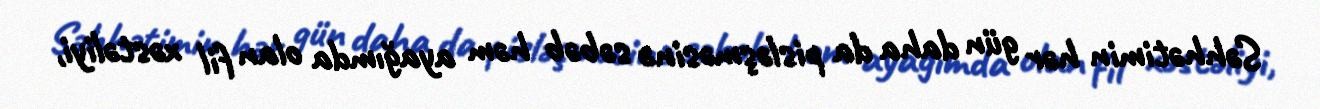
Səhhətimin hər gün daha da pisləşməsinə səbəb həm ayağımda olan fil xəstəliyi,